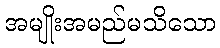
အမျိုးအမည်မသိသော